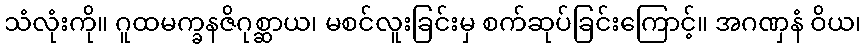
သံလုံးကို။ ဂူထမက္ခနဇိဂုစ္ဆာယ၊ မစင်လူးခြင်းမှ စက်ဆုပ်ခြင်းကြောင့်။ အဂဏှနံ ဝိယ၊